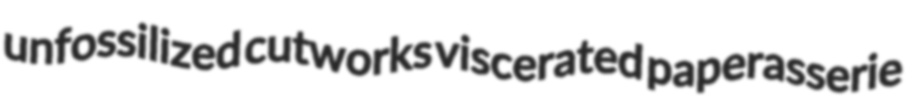
unfossilized cutworks viscerated paperasserie